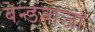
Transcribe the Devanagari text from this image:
बेन्डबाजा